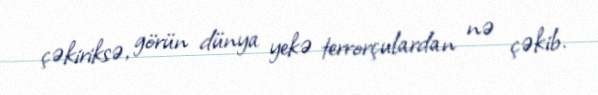
çəkiriksə, görün dünya yekə terrorçulardan nə çəkib.